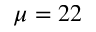
\mu = 2 2